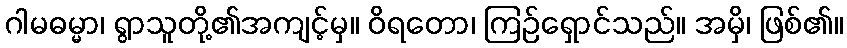
ဂါမဓမ္မာ၊ ရွာသူတို့၏အကျင့်မှ။ ဝိရတော၊ ကြဉ်ရှောင်သည်။ အမှိ၊ ဖြစ်၏။